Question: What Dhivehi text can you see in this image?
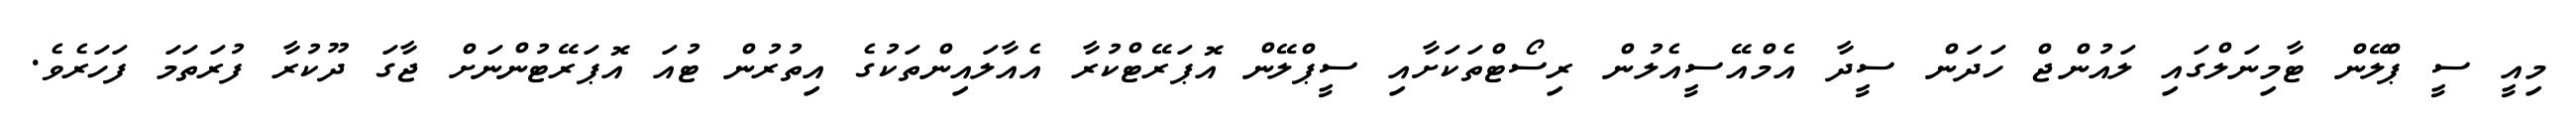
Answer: މިއީ ސީ ޕްލޭން ޓާމިނަލްގައި ލައުންޖް ހަދަން ސީދާ އެމްއޭސީއެލުން ރިސޯޓްތަކަށާއި ސީޕްލޭން އޮޕަރޭޓްކުރާ އެއާލައިންތަކުގެ އިތުރުން ޓުއަ އޮޕަރޭޓުންނަށް ޖާގަ ދޫކުރާ ފުރަތަމަ ފަހަރެވެ.